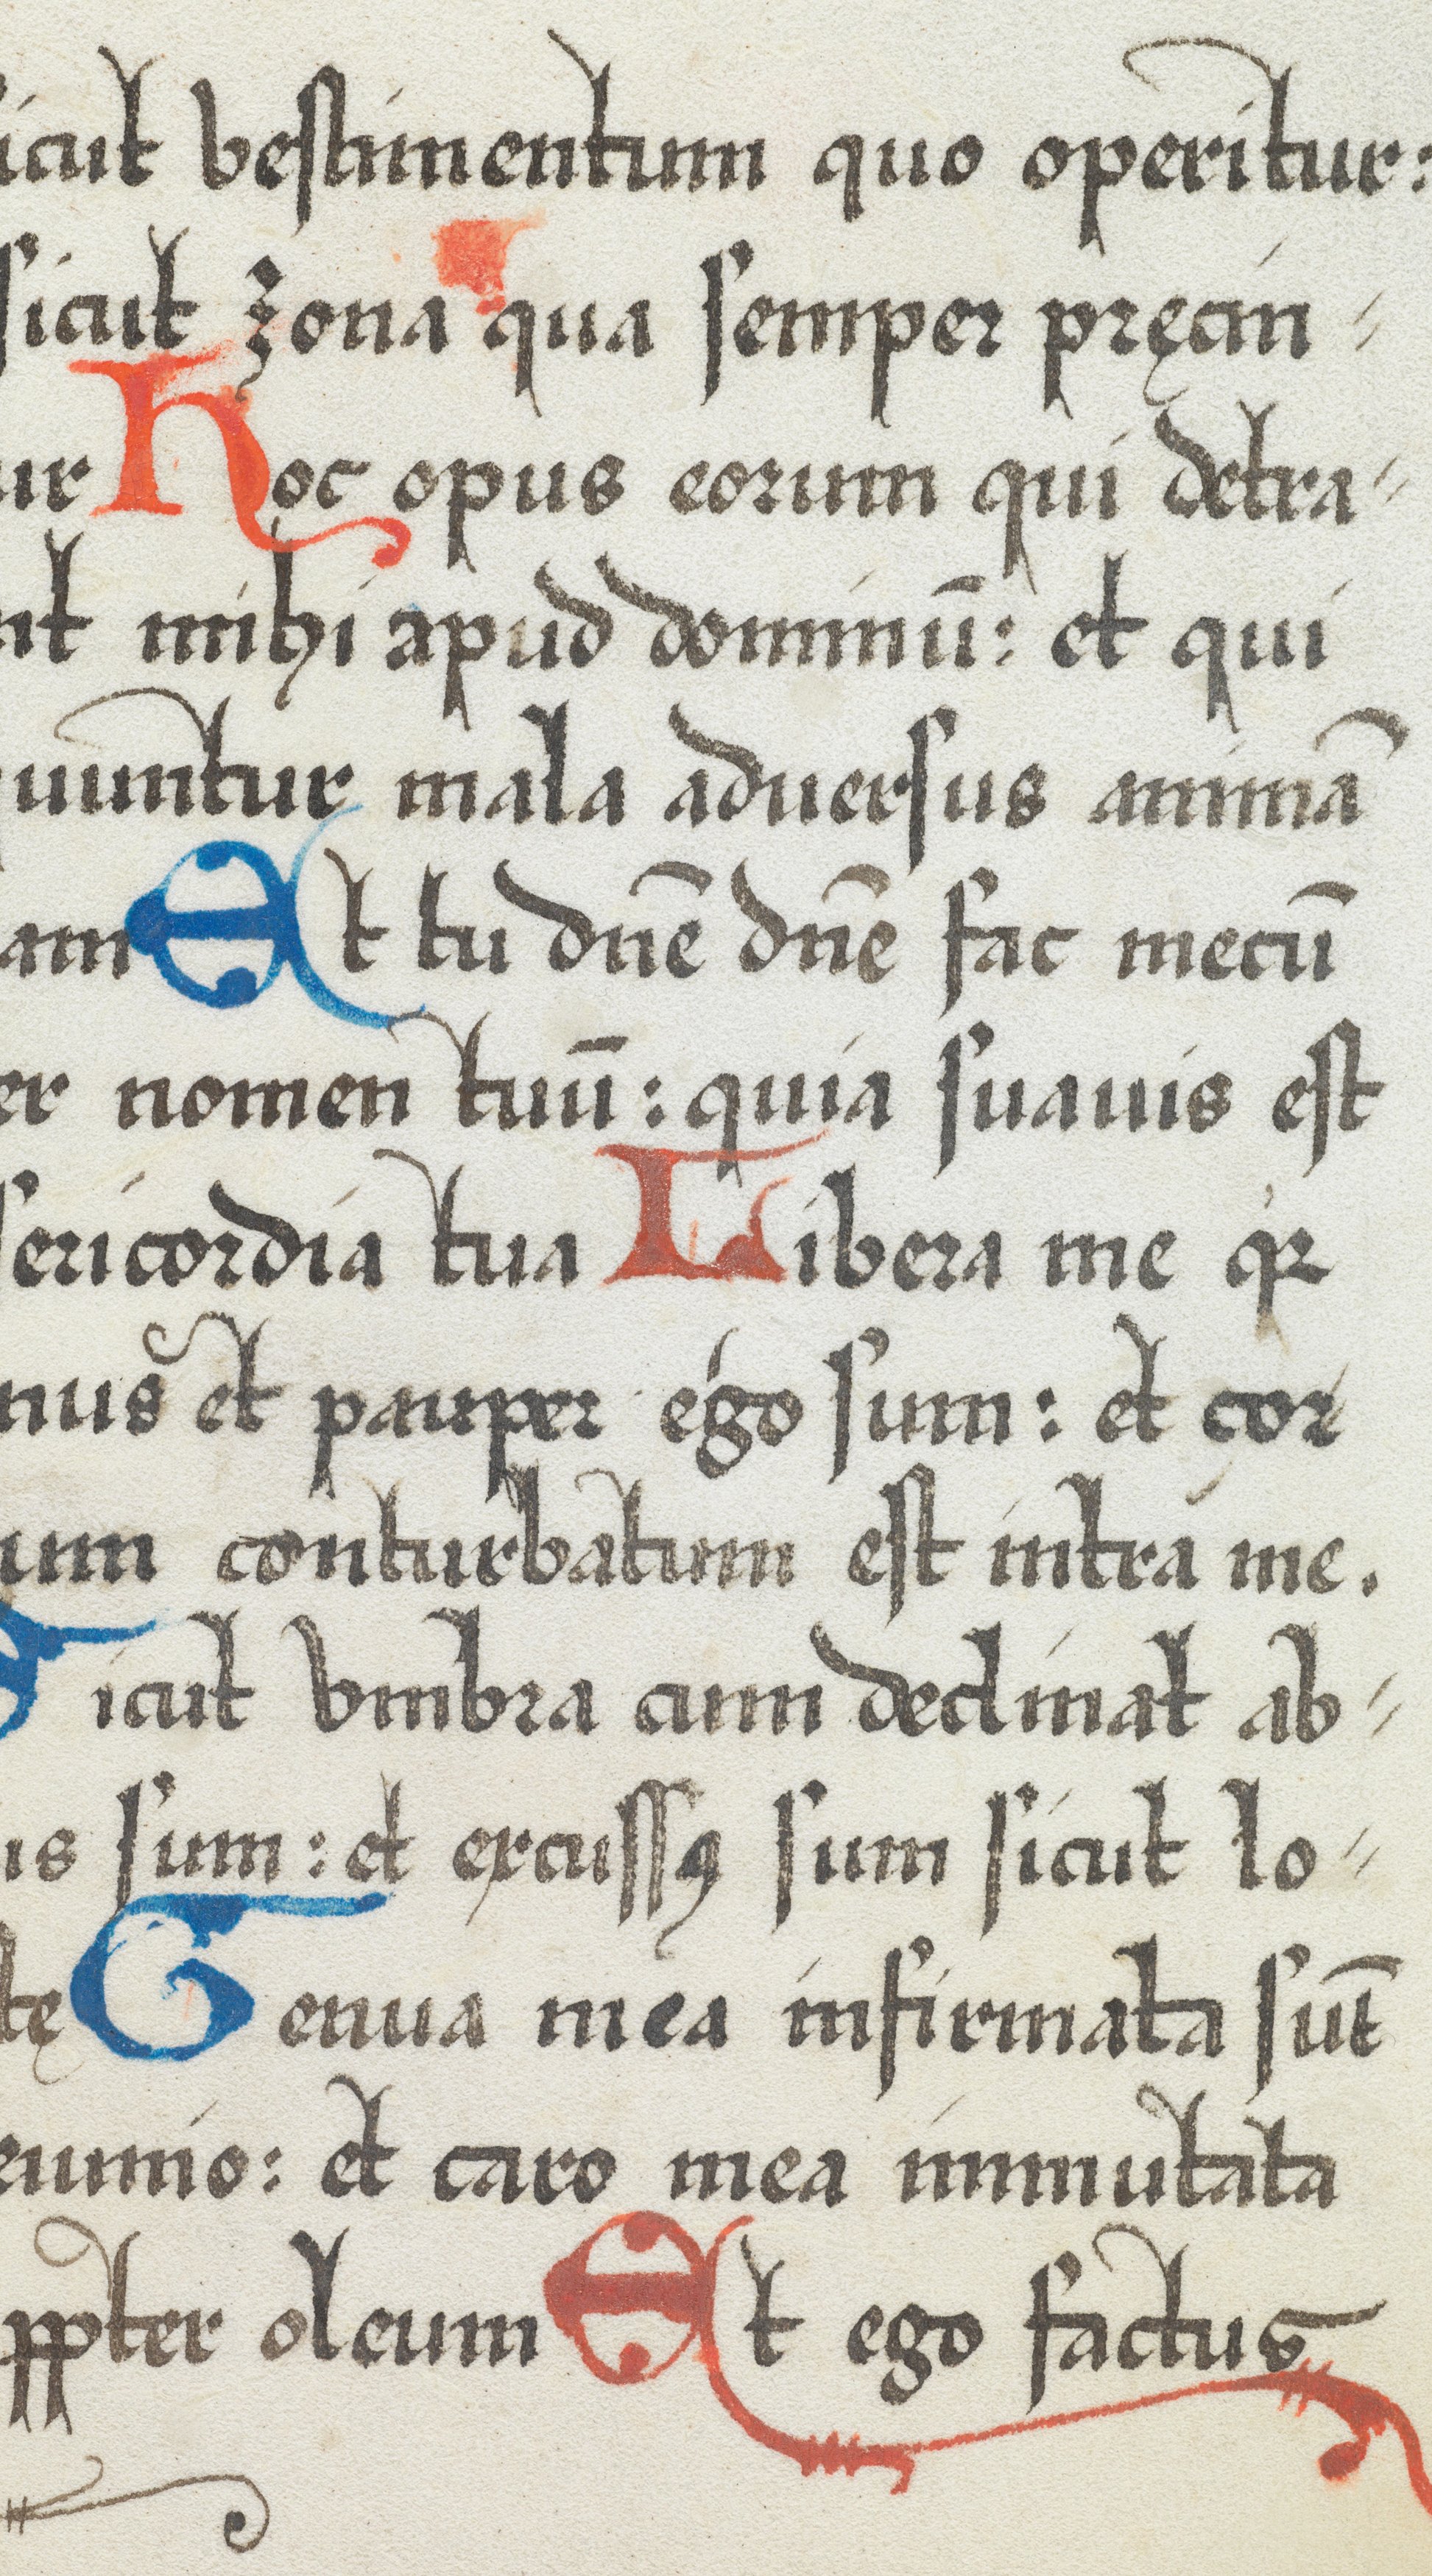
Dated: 1574–1574